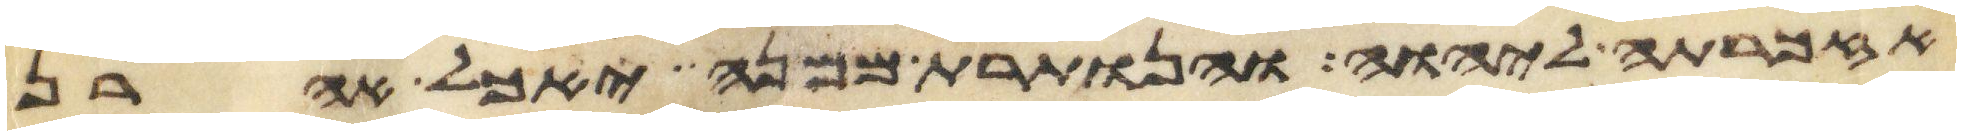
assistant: אזכרתה ליהוה והנותרת ממנה יאכל אהרן